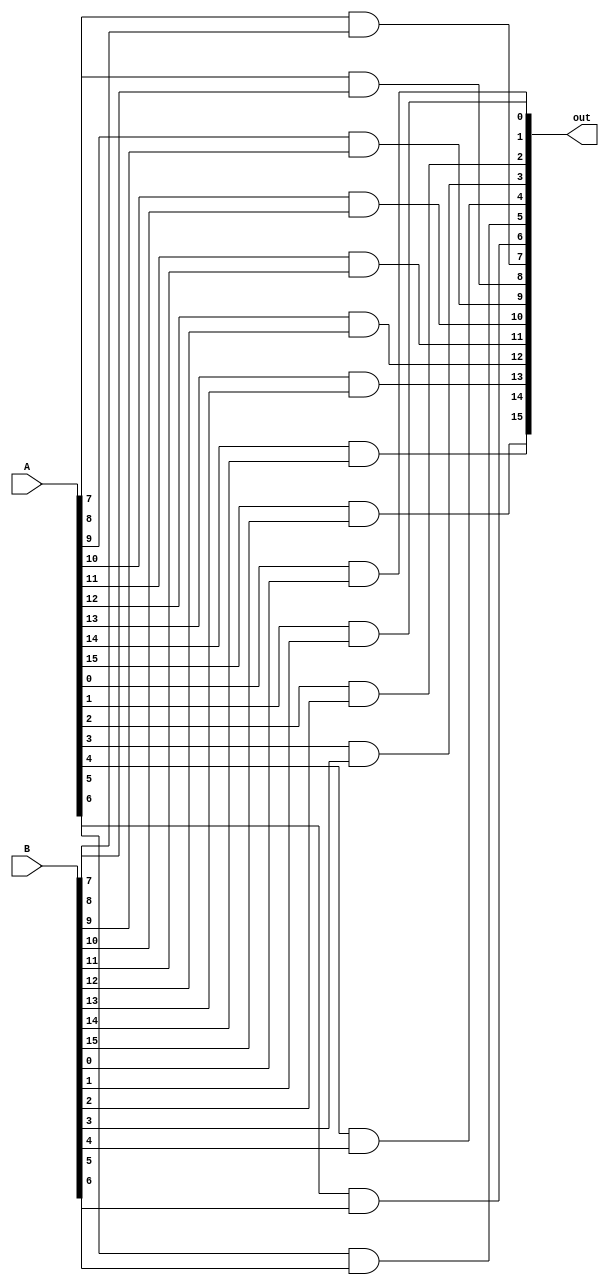
module and16bit(input [15:0] A, B,
			output [15:0] out);
	and(out[0], A[0], B[0]);
	and(out[1], A[1], B[1]);
	and(out[2], A[2], B[2]);
	and(out[3], A[3], B[3]);
	and(out[4], A[4], B[4]);
	and(out[5], A[5], B[5]);
	and(out[6], A[6], B[6]);
	and(out[7], A[7], B[7]);
	and(out[8], A[8], B[8]);
	and(out[9], A[9], B[9]);
	and(out[10], A[10], B[10]);
	and(out[11], A[11], B[11]);
	and(out[12], A[12], B[12]);
	and(out[13], A[13], B[13]);
	and(out[14], A[14], B[14]);
	and(out[15], A[15], B[15]);
endmodule

module nor16bit(input [15:0] A, B,
		output [15:0] out);
	assign out = ~(A|B);
endmodule
/*
module and16bit_tb ();
	reg [15:0] A;
	reg [15:0] B;
	reg [15:0] out;
	wire [15:0] OUT;
	real i;
	initial begin
		$display("Simulation of 16 Bit AND");
	end

	and16bit DUT(.A(A), .B(B), .out(OUT));

	initial begin
		A=0; B=0;
	end
	
	always @ (A, B)
		begin

		for(i=0; i < 1000; i = i + 1) begin
			#1 A = $random;
			B = $random;
			assign out = A&B;
			#1
			//$monitor("%d ns: A + B + cin = %b + %b + %b = cout sum = %b %b", $time, A, B, cin, cout, S);
			if (OUT !== out) begin
				$display("ERROR");
				$display("A   = %b", A);
				$display("B   = %b", B);
				$display("out = %b", out); 
				$display("OUT = %b", OUT);
				//$monitor("%d ns: A + B + cin = %b + %b + %b = cout sum = %b %d", $time, A, B, cin, cout, S);
			end
		end
	#10 $stop;
	end

endmodule

module nor16bit_tb ();
	reg [15:0] A;
	reg [15:0] B;
	reg [15:0] out;
	wire [15:0] OUT;
	real i;
	initial begin
		$display("Simulation of 16 Bit AND");
	end

	nor16bit DUT(.A(A), .B(B), .out(OUT));

	initial begin
		A=0; B=0;
	end
	
	always @ (A, B)
		begin

		for(i=0; i < 1000; i = i + 1) begin
			#1 A = $random;
			B = $random;
			assign out = ~(A|B);
			#1
			//$monitor("%d ns: A + B + cin = %b + %b + %b = cout sum = %b %b", $time, A, B, cin, cout, S);
			if (OUT !== out) begin
				$display("ERROR");
				$display("A   = %b", A);
				$display("B   = %b", B);
				$display("out = %b", out); 
				$display("OUT = %b", OUT);
				//$monitor("%d ns: A + B + cin = %b + %b + %b = cout sum = %b %d", $time, A, B, cin, cout, S);
			end
		end
	#10 $stop;
	end

endmodule
*/